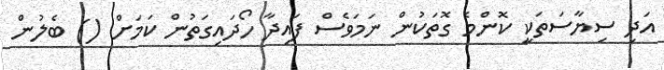
އަދި ސިޔާސަތަކީ ކޮންމެ ގޮތަކުން ނަމަވެސް ފައިދާ ހޯދައިގަތުން ކަމަށް () ބެލުން